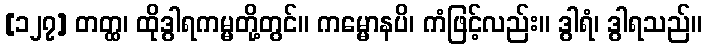
[၁၂၇] တတ္ထ၊ ထိုဒွါရကမ္မတို့တွင်။ ကမ္မောနပိ၊ ကံဖြင့်လည်း။ ဒွါရံ၊ ဒွါရသည်။